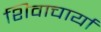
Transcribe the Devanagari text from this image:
शिवाचार्या